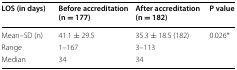
<table><thead><tr><td><b>LOS (in days)</b></td><td><b>Before accreditation (n = 177)</b></td><td><b>After accreditation (n = 182)</b></td><td><b>P value</b></td></tr></thead><tbody><tr><td>Mean–SD (n)</td><td>41.1 ± 29.5</td><td>35.3 ± 18.5 (182)</td><td rowspan="3">0.026*</td></tr><tr><td>Range</td><td>1–167</td><td>3–113</td></tr><tr><td>Median</td><td>34</td><td>34</td></tr></tbody></table>